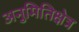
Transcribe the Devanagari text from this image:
अनुमितिक्षेत्र